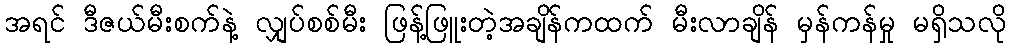
အရင် ဒီဇယ်မီးစက်နဲ့ လျှပ်စစ်မီး ဖြန့်ဖြူးတဲ့အချိန်ကထက် မီးလာချိန် မှန်ကန်မှု မရှိသလို